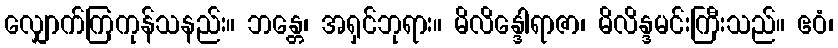
လျှောက်ကြကုန်သနည်း။ ဘန္တေ၊ အရှင်ဘုရား။ မိလိန္ဒေါရာဇာ၊ မိလိန္ဒမင်းကြီးသည်။ ဧဝံ၊